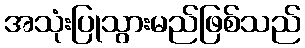
အသုံးပြုသွားမည်ဖြစ်သည်